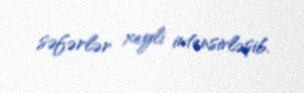
səfərlər xeyli intensivləşib.